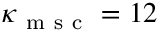
\kappa _ { \mathrm { ~ m ~ s ~ c ~ } } = 1 2